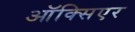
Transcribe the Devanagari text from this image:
ऑक्सिएर